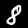
Label: 8